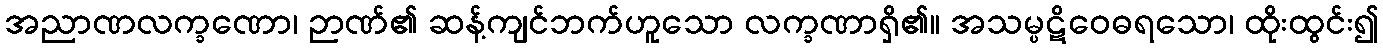
အညာဏလက္ခဏော၊ ဉာဏ်၏ ဆန့်ကျင်ဘက်ဟူသော လက္ခဏာရှိ၏။ အသမ္ပဋိဝေဓရသော၊ ထိုးထွင်း၍